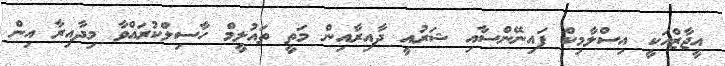
އީޖާޒްއަކީ އިސްލާމިކް ފައިނޭންސާއި ޝަރުއީ ދާއިރާއިން މަތީ ތައުލީމް ހާސިލްކުރައްވާ މިދާއިރާ އިން